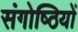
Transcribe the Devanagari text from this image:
संगोष्‍ठियों